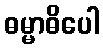
ဓမ္မာဓိပေါ